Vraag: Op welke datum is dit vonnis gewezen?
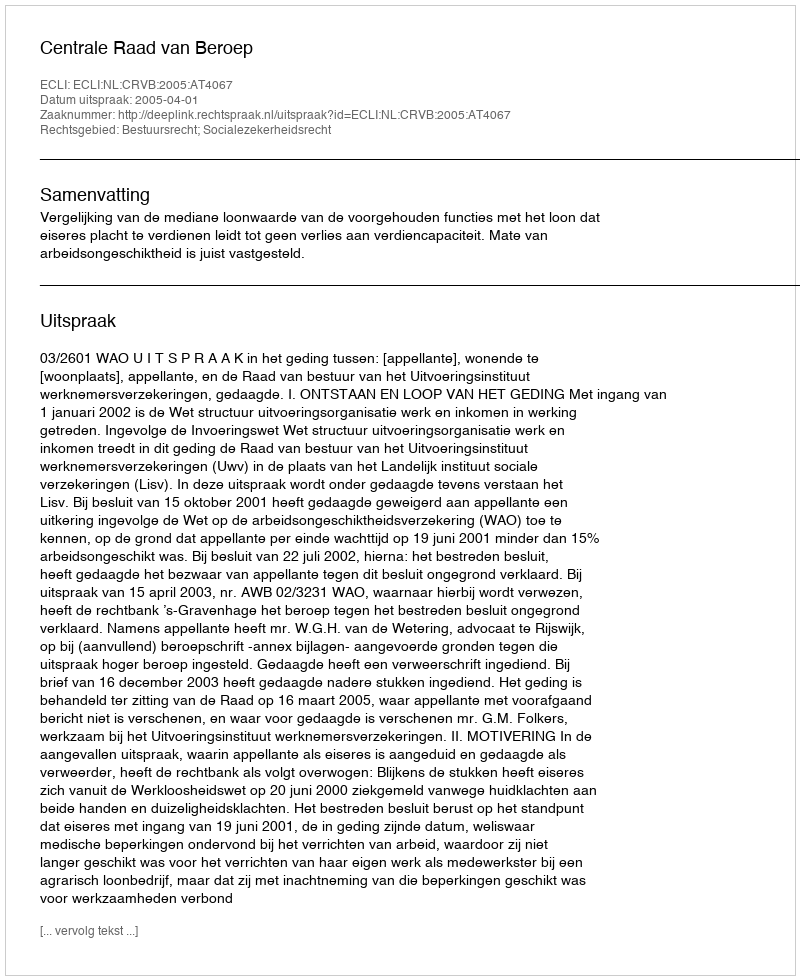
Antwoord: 2005-04-01